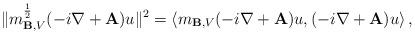
LaTeX: \begin{align*} \| m_{\mathbf{B},V}^\frac 12 (-i \nabla + \mathbf{A}) u\|^2 =\langle m_{\mathbf{B},V}(-i\nabla+\mathbf{A})u,(-i\nabla+\mathbf{A})u\rangle \,,\end{align*}